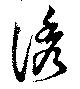
誘